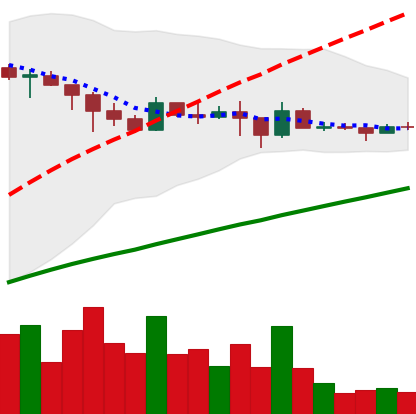
Ticker: DOGE-USD
Chart end date: 2021-03-02
Forward return: 3.701%
Label: up_3_5